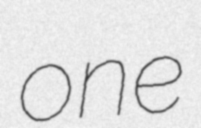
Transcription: one